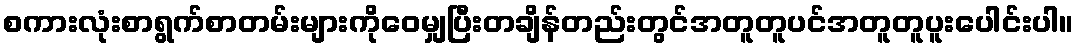
စကားလုံးစာရွက်စာတမ်းများကိုဝေမျှပြီးတချိန်တည်းတွင်အတူတူပင်အတူတူပူးပေါင်းပါ။